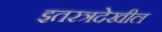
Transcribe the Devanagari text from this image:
इतरत्रदेखील